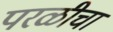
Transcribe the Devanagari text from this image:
परळीचा